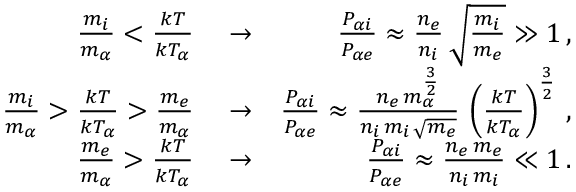
\begin{array} { r l r } { \frac { m _ { i } } { m _ { \alpha } } < \frac { k T } { k T _ { \alpha } } } & { { } \rightarrow } & { \frac { P _ { \alpha i } } { P _ { \alpha e } } \approx \frac { n _ { e } } { n _ { i } } \, \sqrt { \frac { m _ { i } } { m _ { e } } } \gg 1 \, , } \\ { \frac { m _ { i } } { m _ { \alpha } } > \frac { k T } { k T _ { \alpha } } > \frac { m _ { e } } { m _ { \alpha } } } & { { } \rightarrow } & { \frac { P _ { \alpha i } } { P _ { \alpha e } } \approx \frac { n _ { e } \, m _ { \alpha } ^ { \frac { 3 } { 2 } } } { n _ { i } \, m _ { i } \, \sqrt { m _ { e } } } \, \left( \frac { k T } { k T _ { \alpha } } \right) ^ { \frac { 3 } { 2 } } \, , } \\ { \frac { m _ { e } } { m _ { \alpha } } > \frac { k T } { k T _ { \alpha } } } & { { } \rightarrow } & { \frac { P _ { \alpha i } } { P _ { \alpha e } } \approx \frac { n _ { e } \, m _ { e } } { n _ { i } \, m _ { i } } \ll 1 \, . } \end{array}